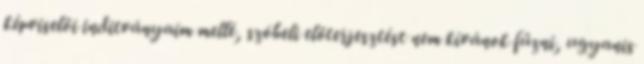
képviselői inditványaim mellé, szóbeli előterjesztést nem kívánok fűzni, ugyanis